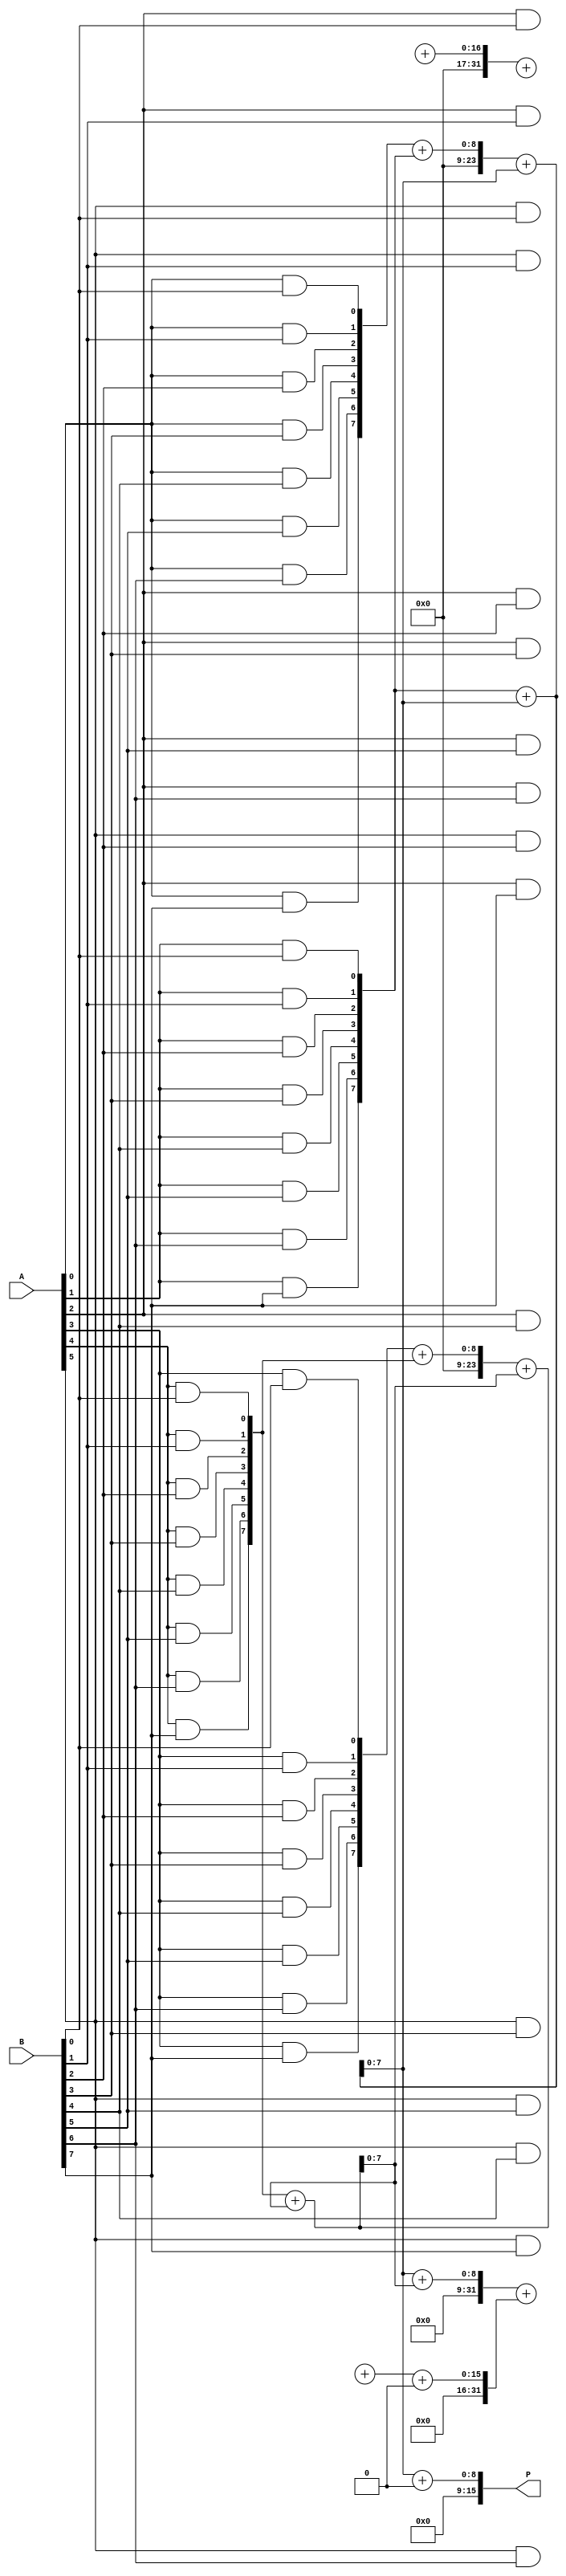
module wallace_tree_multiplier #(parameter N = 8)(
    input [N-1:0] A,      // First operand
    input [N-1:0] B,      // Second operand
    output [2*N-1:0] P    // Product output
);

// Intermediate signals
wire [N-1:0] pp [0:N-1];  // Partial products
wire [N*2-1:0] sum [0:N-1]; // Sums for Wallace tree
wire [N-1:0] carry [0:N-1]; // Carries for Wallace tree

// Partial Product Generation
genvar i, j;
generate
    for (i = 0; i < N; i = i + 1) begin : pp_gen
        for (j = 0; j < N; j = j + 1) begin : pp_and
            assign pp[i][j] = A[i] & B[j];
        end
    end
endgenerate

// Wallace Tree Reduction
// Stage 1: Combine 3 inputs
genvar k;
generate
    for (k = 0; k < N-1; k = k + 1) begin : stage1
        if (k%3 == 0 && k+2 < N) begin
            assign {carry[k/3], sum[k/3]} = pp[k] + pp[k+1] + pp[k+2];
        end else if (k%3 == 1 && k+1 < N) begin
            assign {carry[k/3], sum[k/3]} = pp[k] + pp[k+1];
        end else if (k%3 == 2) begin
            assign sum[k/3] = pp[k];
            assign carry[k/3] = 1'b0; // No carry for last individual
        end
    end
endgenerate

// Stage 2: Sum the outputs of the previous stage
genvar m;
generate
    for (m = 0; m < (N+2)/3; m = m + 1) begin : stage2
        if (m*3 < N) begin
            assign {carry[m+1], sum[m]} = sum[m*3] + (m*3+1 < N ? sum[m*3+1] : 0) + (m*3+2 < N ? sum[m*3+2] : 0);
        end
    end
endgenerate

// Final stage: Adding the last two rows
assign P = sum[0] + carry[1];

endmodule